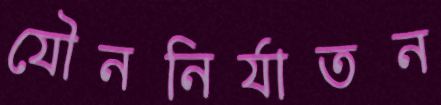
যৌননির্যাতন